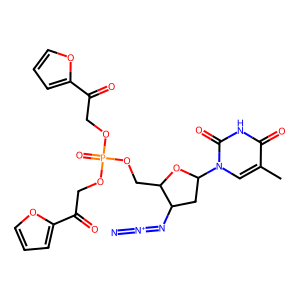
SMILES: Cc1cn(C2CC(N=[N+]=[N-])C(COP(=O)(OCC(=O)c3ccco3)OCC(=O)c3ccco3)O2)c(=O)[nH]c1=O
Inhibits HIV replication: Yes